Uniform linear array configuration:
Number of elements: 48
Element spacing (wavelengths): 0.5
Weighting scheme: blackman
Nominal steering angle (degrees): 60
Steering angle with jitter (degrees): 60.987
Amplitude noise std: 0.05
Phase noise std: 0.05

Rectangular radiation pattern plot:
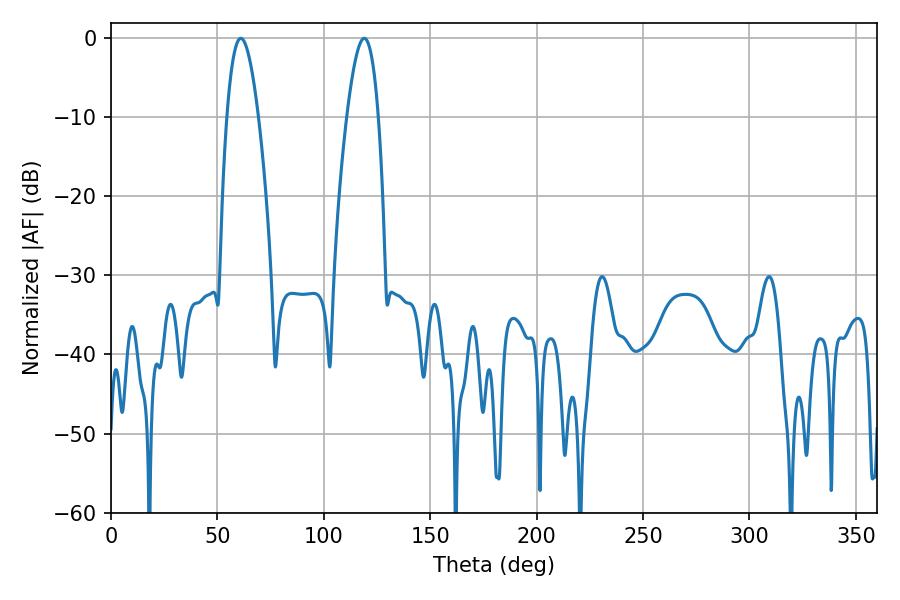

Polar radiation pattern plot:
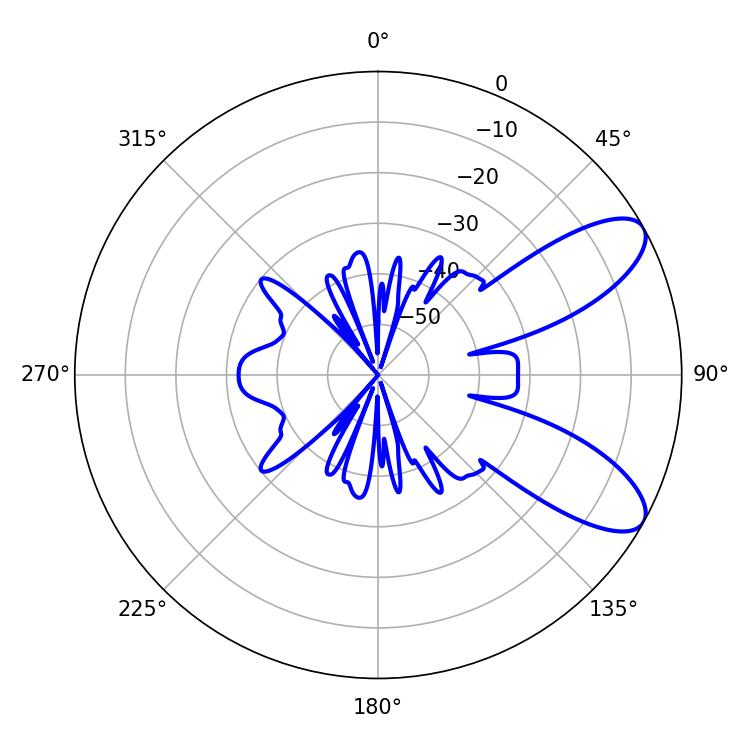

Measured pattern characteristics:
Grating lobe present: FALSE
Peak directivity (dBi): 8.739
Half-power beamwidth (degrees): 8.1
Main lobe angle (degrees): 61.02